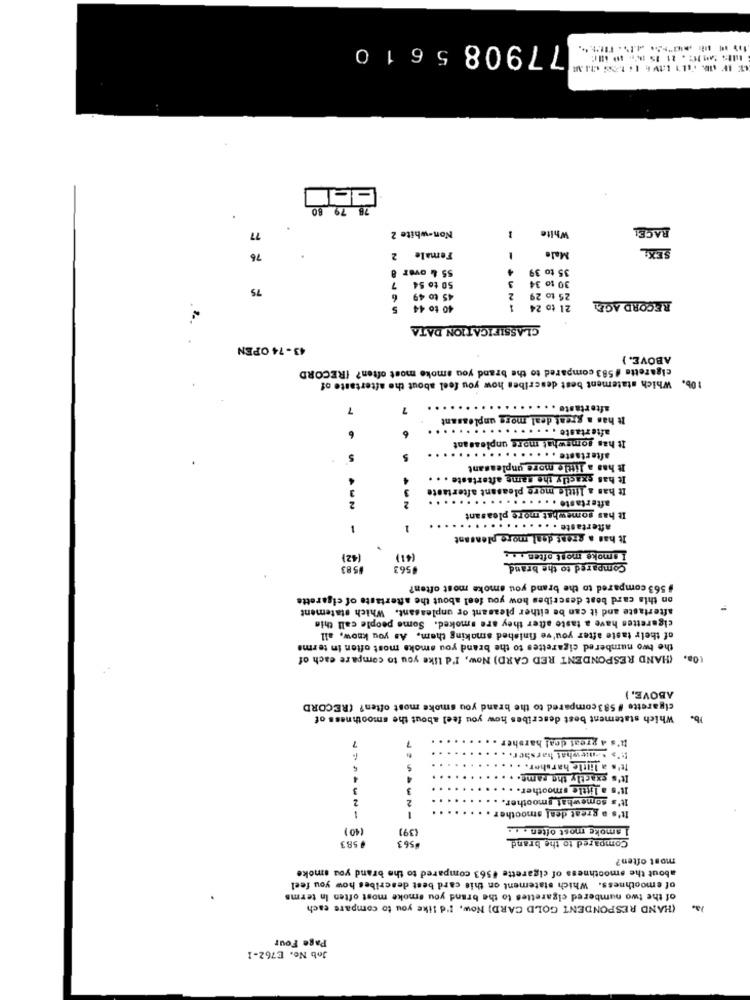
77908 561 0
60
.
Non-white 2
White
RACE:
77
SEX:
76
Female 2
Male
55 & over
35 to 39
30 to 34
75
7
50 to 54
45 to 49
25 to 29
5
40 to 44
21 to 24
RECORD AGE
CLASSIFICATION DATA
43-74 OPEN
ABOVE. )
cigarette #583 compared to the brand you smoke most often? (RECORD
1 0b.
Which statement best describes how you feel about the aftertaste of
7
aftertaste . . . .
-
It has a great deal more unpleasant
aftertaste .....
6
It has somewhat more unpleasant
aftertaste . . . ..
S
It has a little more unpleasant
It has exactly the same aftertaste
It has a little more pleasant after
2
2
aftertaste ... . ..
It has somewhat more pleasant
1
1
aftertaste . .. . . .
It has a great deal more pleasant
[42}
(41)
I smoke most often . .!
#583
#563
Compared to the brand
# 563 compared to the brand you smoke most often?
on this card best describes how you feel about the aftertaste of cigarette
aftertaste and it can be either pleasant or unpleasant. Which statement
cigarettes have a taste after they are smoked. Some people call this
of their taste after you've finished smoking them, As you know, all
the two numbered cigarettes to the brand you smoke most often in terme
(HAND RESPONDENT RED CARD) Now, I'd like you to compare each of
ABOVE. )
cigarette # 583 compared to the brand you smoke most often? (RECORD
Which statement best describes how you feel about the smoothness of
N's a great deal hars
":"> somewhat harsher.
It's a little harsher.
It's exactly the same.
3
3
It's a little smoother.
.
It's somewhat_smoother
.
It's a great deal smoother
1
1
(40 )
(39)
Lamoke most often . . .
563
Compared to the brand
.583
most often?
about the smoothness of cigarette #563 compared to the brand you smoke
of smoothness. Which statement on this card best describes how you feel
of the two numbered cigarettes to the brand you smoke most often In terms
(HAND RESPONDENT GOLD CARD) Now, I'd like you to compare each
Page Four
Job No. E762-1